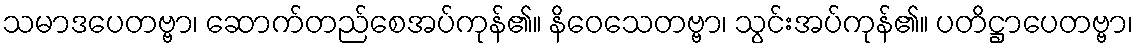
သမာဒပေတဗ္ဗာ၊ ဆောက်တည်စေအပ်ကုန်၏။ နိဝေသေတဗ္ဗာ၊ သွင်းအပ်ကုန်၏။ ပတိဋ္ဌာပေတဗ္ဗာ၊